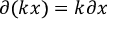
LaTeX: \partial ( k x ) = k \partial x